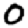
Digit: 0